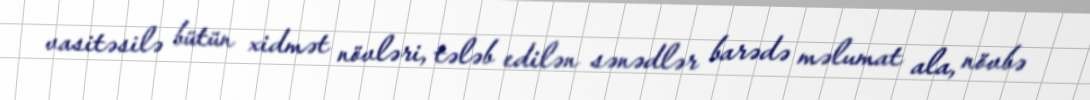
vasitəsilə bütün xidmət növləri, tələb edilən sənədlər barədə məlumat ala, növbə